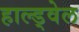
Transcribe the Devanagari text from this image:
हाल्ड्वेल